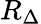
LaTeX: R_{\Delta}